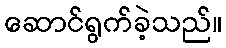
ဆောင်ရွက်ခဲ့သည်။